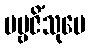
ပဗ္ဗဇိံသုပေ